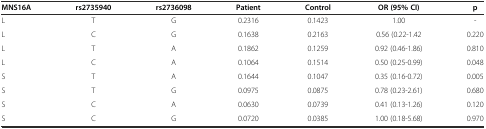
<table><thead><tr><td><b>MNS16A</b></td><td><b>rs2735940</b></td><td><b>rs2736098</b></td><td><b>Patient</b></td><td><b>Control</b></td><td><b>OR (95% CI)</b></td><td><b>p</b></td></tr></thead><tbody><tr><td>L</td><td>T</td><td>G</td><td>0.2316</td><td>0.1423</td><td>1.00</td><td>-</td></tr><tr><td>L</td><td>C</td><td>G</td><td>0.1638</td><td>0.2163</td><td>0.56 (0.22-1.42</td><td>0.220</td></tr><tr><td>L</td><td>T</td><td>A</td><td>0.1862</td><td>0.1259</td><td>0.92 (0.46-1.86)</td><td>0.810</td></tr><tr><td>L</td><td>C</td><td>A</td><td>0.1064</td><td>0.1514</td><td>0.50 (0.25-0.99)</td><td>0.048</td></tr><tr><td>S</td><td>T</td><td>A</td><td>0.1644</td><td>0.1047</td><td>0.35 (0.16-0.72)</td><td>0.005</td></tr><tr><td>S</td><td>T</td><td>G</td><td>0.0975</td><td>0.0875</td><td>0.78 (0.23-2.61)</td><td>0.680</td></tr><tr><td>S</td><td>C</td><td>A</td><td>0.0630</td><td>0.0739</td><td>0.41 (0.13-1.26)</td><td>0.120</td></tr><tr><td>S</td><td>C</td><td>G</td><td>0.0720</td><td>0.0385</td><td>1.00 (0.18-5.68)</td><td>0.970</td></tr></tbody></table>